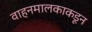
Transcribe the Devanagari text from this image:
वाहनमालकाकडून